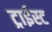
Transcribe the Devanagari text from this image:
ट्राईस्ट